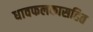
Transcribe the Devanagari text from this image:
धावफलकासहित